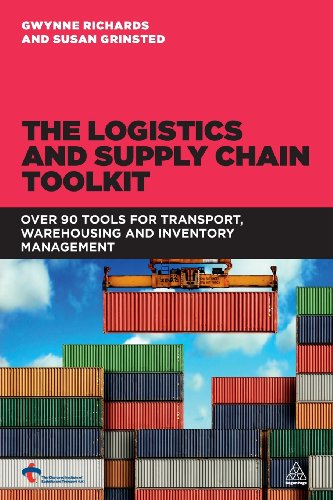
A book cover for The Logistics and Supply Chain Toolkit: Over 90 Tools for Transport, Warehousing and Inventory Management; Gwynne Richards; Business & Money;